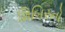
શિબિરનો